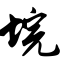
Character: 垸